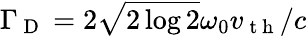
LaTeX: \Gamma_{\mathrm{~D~}}=2\sqrt{2\log 2}\omega_{0}v_{\mathrm{~t~h~}}/c